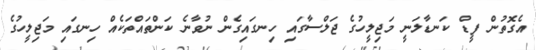
އެގޮތުން ފީޑް ކަނޑާލަނީ މަޖިލީހުގެ ޖަލްސާގައި ހިނގައިގެން ނުވާނެ ކަންތައްްތަކެއް ހިނގައި މަޖިލީހުގެ